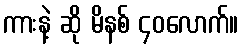
ကားနဲ့ ဆို မိနစ် ၄၀လောက်။